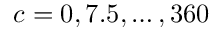
c = 0 , 7 . 5 , \ldots , 3 6 0